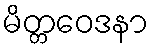
မိတ္တဝေဒနာ